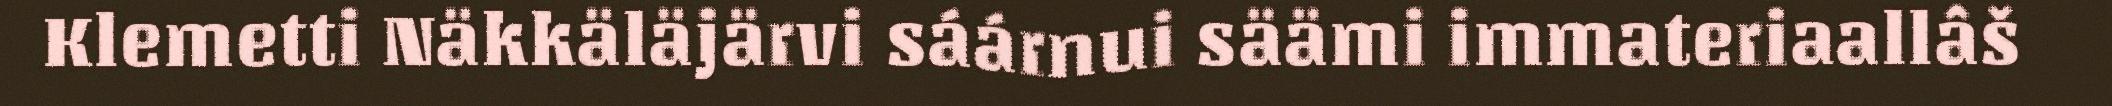
Klemetti Näkkäläjärvi sáárnui säämi immateriaallâš